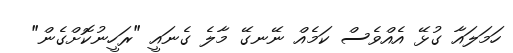
ހަމަލައާ ގުޅޭ އެއްވެސް ކަމެއް ނޭނގޭ މާލެ ގެނައީ "ރަހީނުކޮށްގެން"